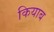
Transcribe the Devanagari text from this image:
कियाब